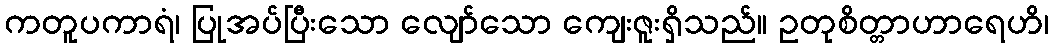
ကတူပကာရံ၊ ပြုအပ်ပြီးသော လျော်သော ကျေးဇူးရှိသည်။ ဥတုစိတ္တာဟာရေဟိ၊